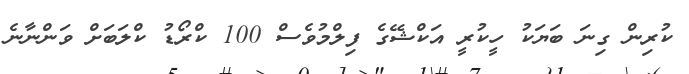
ކުރިން ގިނަ ބަޔަކު ހީކުރީ އަކްޝޭގެ ފިލްމުވެސް 100 ކްރޯޑު ކްލަބަށް ވަންނާނެ